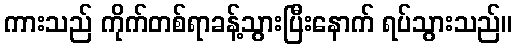
ကားသည် ကိုက်တစ်ရာခန့်သွားပြီးနောက် ရပ်သွားသည်။